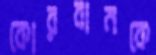
কোরবানকে